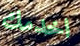
اخدمك